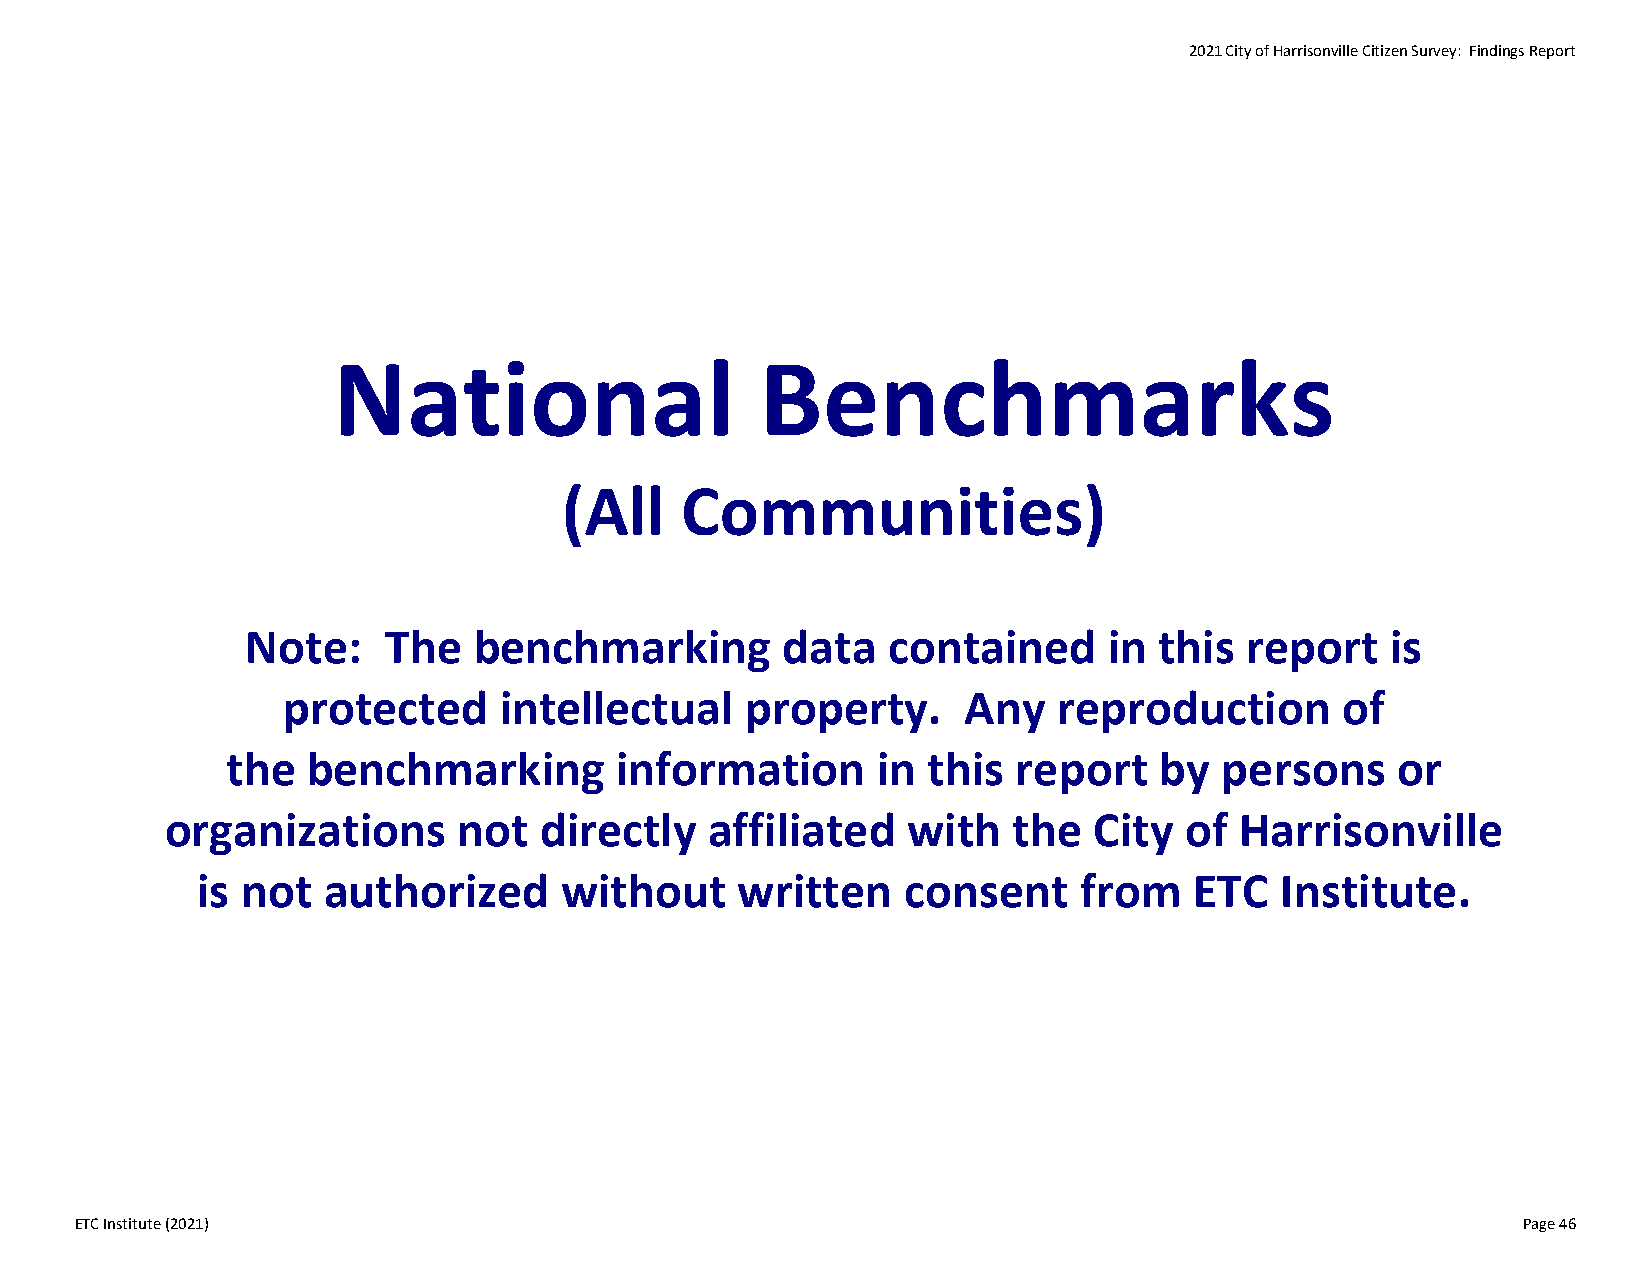
2021 City of Harrisonville Citizen Survey: Findings Report
 National                    Benchmarks
 (All    Communities)
 Note:    The   benchmarking         data   contained     in  this report    is
 protected     intellectual    property.      Any   reproduction       of
 the  benchmarking         information      in this  report    by  persons    or
 organizations      not   directly   affiliated   with   the  City  of  Harrisonville
 is not  authorized      without     written    consent    from    ETC   Institute.
 ETC Institute (2021)                                                                            Page 46